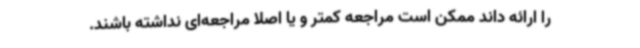
را ارائه داند ممکن است مراجعه کمتر و یا اصلا مراجعه‌ای نداشته باشند.